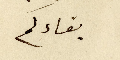
بقاءكم